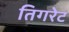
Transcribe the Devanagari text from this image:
तिगरेट